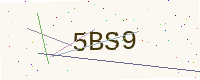
Text: 5BS9